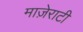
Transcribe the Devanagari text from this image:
माज़ेराटी